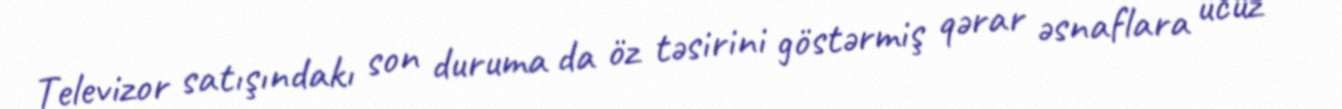
Televizor satışındakı son duruma da öz təsirini göstərmiş qərar əsnaflara ucuz